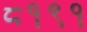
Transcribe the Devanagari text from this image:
८१९१